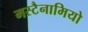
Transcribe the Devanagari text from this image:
मस्टैनामियो